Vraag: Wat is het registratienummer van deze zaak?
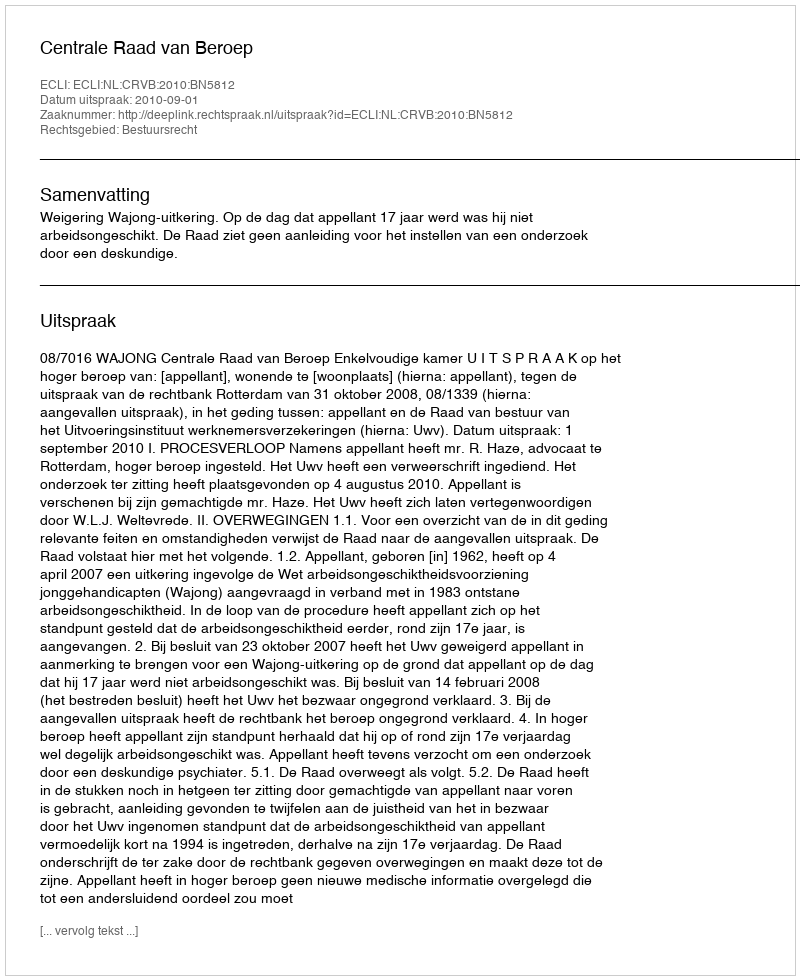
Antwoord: http://deeplink.rechtspraak.nl/uitspraak?id=ECLI:NL:CRVB:2010:BN5812